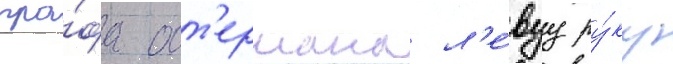
гра́фа ост'ермана л'е́вуу ру́ку